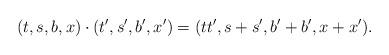
LaTeX: \begin{align*} (t,s,b,x)\cdot(t',s',b',x') = (t t',s+s',b'+b', x+x').\end{align*}